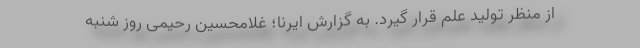
از منظر تولید علم قرار گیرد. به گزارش ایرنا؛ غلامحسین رحیمی روز شنبه